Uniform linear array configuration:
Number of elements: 32
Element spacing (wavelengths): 0.75
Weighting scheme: hann
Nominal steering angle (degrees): -15
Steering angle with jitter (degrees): -13.911
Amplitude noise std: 0.05
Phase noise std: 0.05

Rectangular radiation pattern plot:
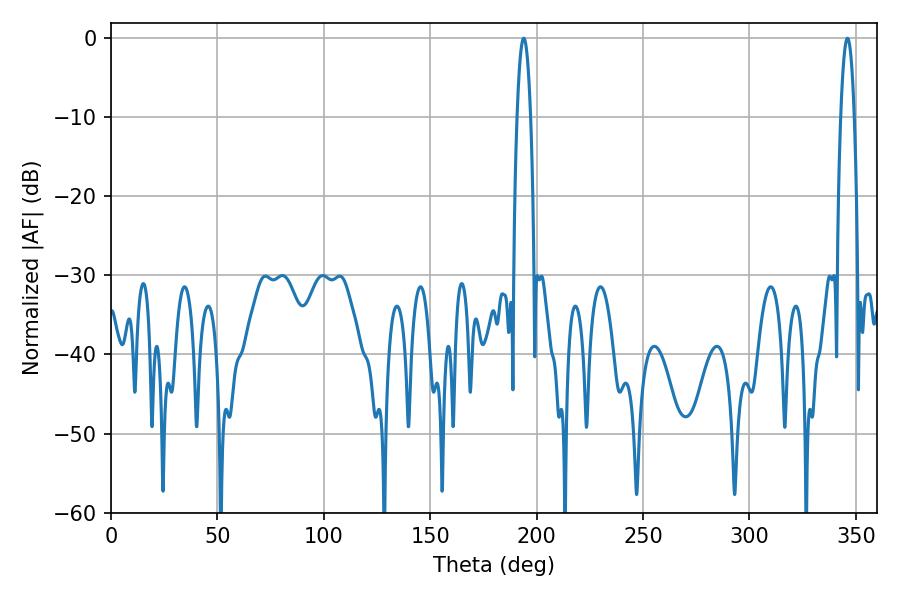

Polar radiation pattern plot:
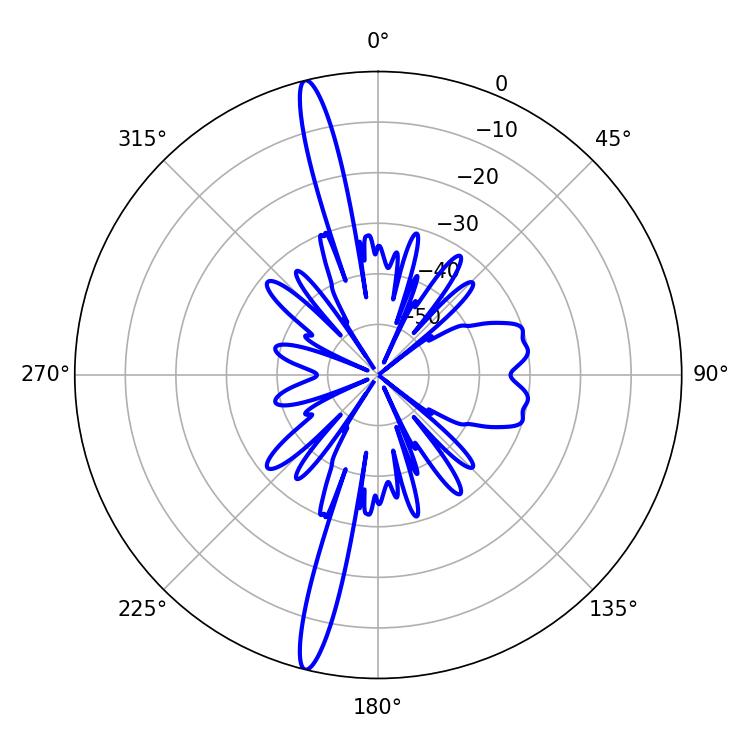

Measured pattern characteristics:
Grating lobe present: TRUE
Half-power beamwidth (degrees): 3.42
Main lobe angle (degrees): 346.14